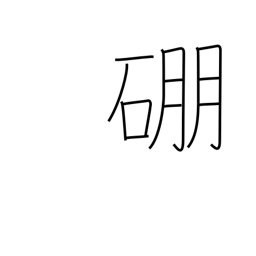
Meaning: boron